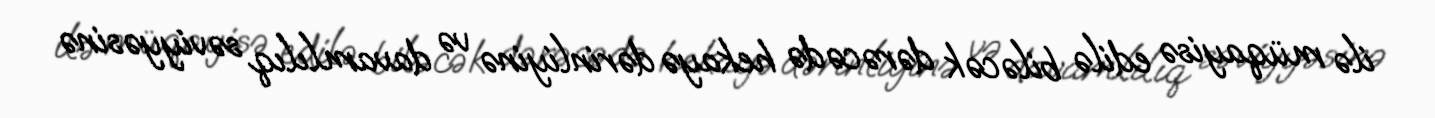
ilə müqayisə edilə biləcək dərəcədə hekayə dərinliyinə və davamlılıq səviyyəsinə